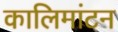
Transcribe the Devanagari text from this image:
कालिमांटन